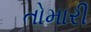
તોમારી